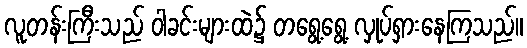
လူတန်းကြီးသည် ဝါခင်းများထဲ၌ တရွေ့ရွေ့ လှုပ်ရှားနေကြသည်။